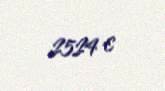
2524 €